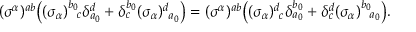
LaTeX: ( \sigma ^ { \alpha } ) ^ { a b } \bigr ( ( \sigma _ { \alpha } ) _ { ~ ~ \! c } ^ { b _ { 0 } } \delta _ { a _ { 0 } } ^ { d } + \delta _ { c } ^ { b _ { 0 } } ( \sigma _ { \alpha } ) _ { ~ a _ { 0 } } ^ { d } \bigr ) = ( \sigma ^ { \alpha } ) ^ { a b } \bigr ( ( \sigma _ { \alpha } ) _ { ~ c } ^ { d } \delta _ { a _ { 0 } } ^ { b _ { 0 } } + \delta _ { c } ^ { d } ( \sigma _ { \alpha } ) _ { ~ ~ \! a _ { 0 } } ^ { b _ { 0 } } \bigr ) .